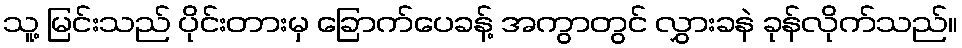
သူ့ မြင်းသည် ပိုင်းတားမှ ခြောက်ပေခန့် အကွာတွင် လွှားခနဲ ခုန်လိုက်သည်။